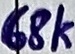
Text: 68k